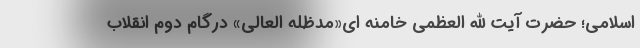
اسلامی؛ حضرت آیت الله العظمی خامنه ای«مدظله العالی» درگام دوم انقلاب